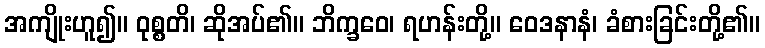
အကျိုးဟူ၍။ ဝုစ္စတိ၊ ဆိုအပ်၏။ ဘိက္ခဝေ၊ ရဟန်းတို့။ ဝေဒနာနံ၊ ခံစားခြင်းတို့၏။